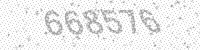
Solution: 668576